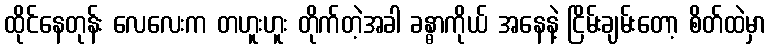
ထိုင်နေတုန်း လေလေးက တဟူးဟူး တိုက်တဲ့အခါ ခန္ဓာကိုယ် အနေနဲ့ ငြိမ်းချမ်းတော့ စိတ်ထဲမှာ